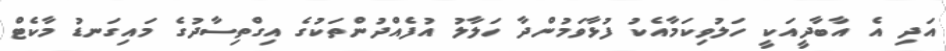
އަދި އެ އާބާދީއަކީ ހަލުވިކަމާއެކު ފުޅާވަމުންދާ ހަލާލު އުފެއްދުންތަކުގެ އިގްތިސާދުގެ މައިގަނޑު މާކެޓް